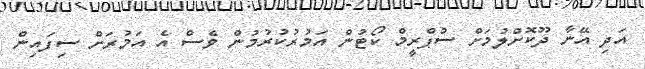
އަދި އޭނާ ދޫކޮށްލުމަށް ސުޕްރީމް ކޯޓުން އަމުރުކުރުމުން ވެސް އެ އަމުރަށް ސިފައިން